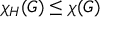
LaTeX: \chi _ { H } ( G ) \leq \chi ( G )